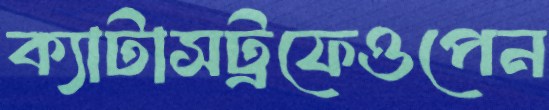
ক্যাটাসট্রফেওপেন